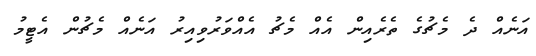
އަނެއް ދެ މެޗުގެ ތެރެއިން އެއް މެޗު އެއްވަރުވިއިރު އަނެއް މެޗުން އެޓީމު